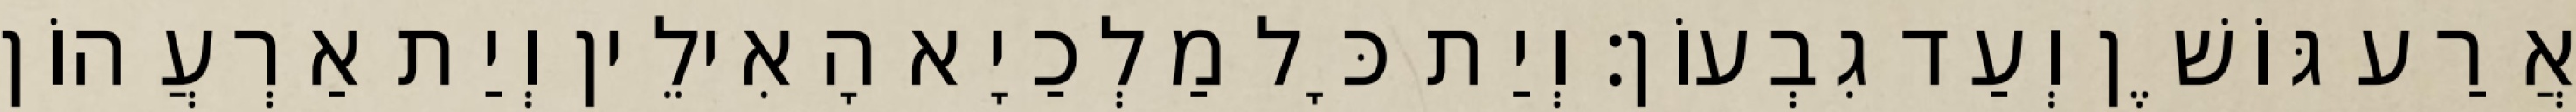
אֲרַע גּוֹשֶׁן וְעַד גִבְעוֹן׃ וְיַת כָּל מַלְכַיָא הָאִילֵין וְיַת אַרְעֲהוֹן